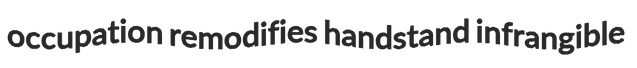
occupation remodifies handstand infrangible